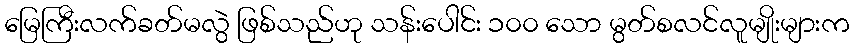
မြေကြီးလက်ခတ်မလွဲ ဖြစ်သည်ဟု သန်းပေါင်း ၁၀၀ သော မွတ်စလင်လူမျိုးများက